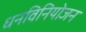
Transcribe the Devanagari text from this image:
धनविनियोजन